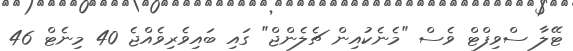
ޓޭލާ ސްވިފްޓް ވެސް "މެނެކުއިން ޗެލެންޖް" ގައި ބައިވެރިވެއްޖެ 40 މިނެޓް 46